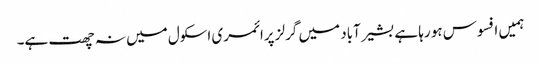
ہمیں افسوس ہو رہا ہے بشیر آباد میں گرلز پرائمری اسکول میں نہ چھت ہے۔